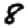
Digit: 8